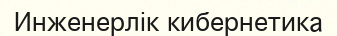
Инженерлік кибернетика